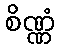
စိဏ္ဏံ